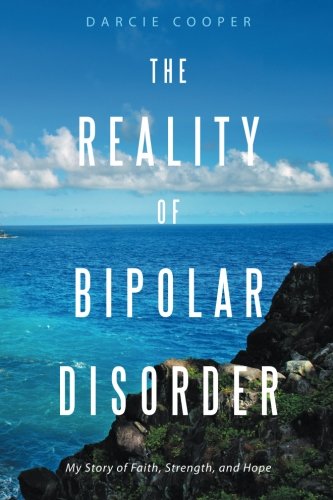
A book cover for The Reality of Bipolar Disorder: My Story of Faith, Strength, and Hope; Darcie Cooper; Health, Fitness & Dieting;